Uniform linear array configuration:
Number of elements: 64
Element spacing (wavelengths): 0.5
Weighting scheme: exponential
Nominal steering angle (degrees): -30
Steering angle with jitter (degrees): -29.129
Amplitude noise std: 0.05
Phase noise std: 0.05

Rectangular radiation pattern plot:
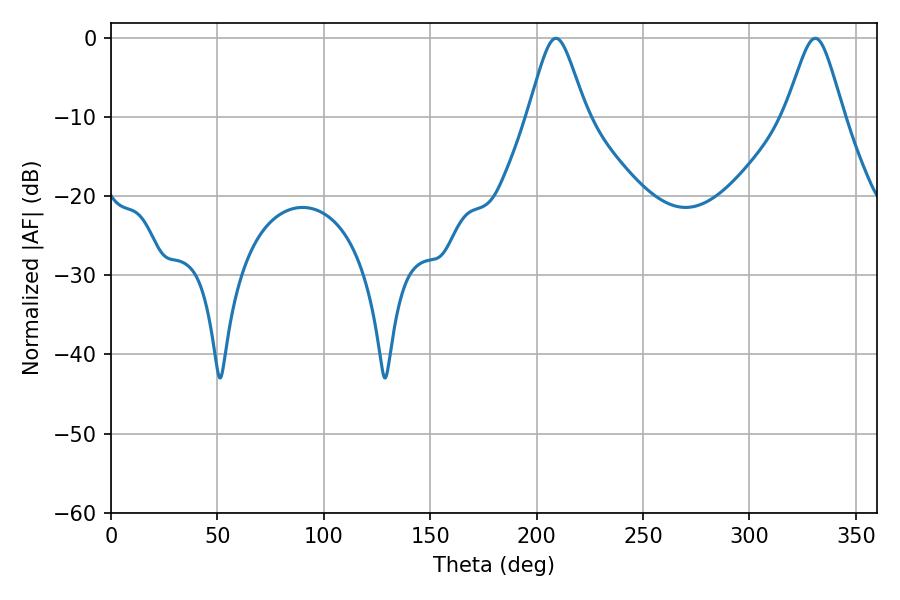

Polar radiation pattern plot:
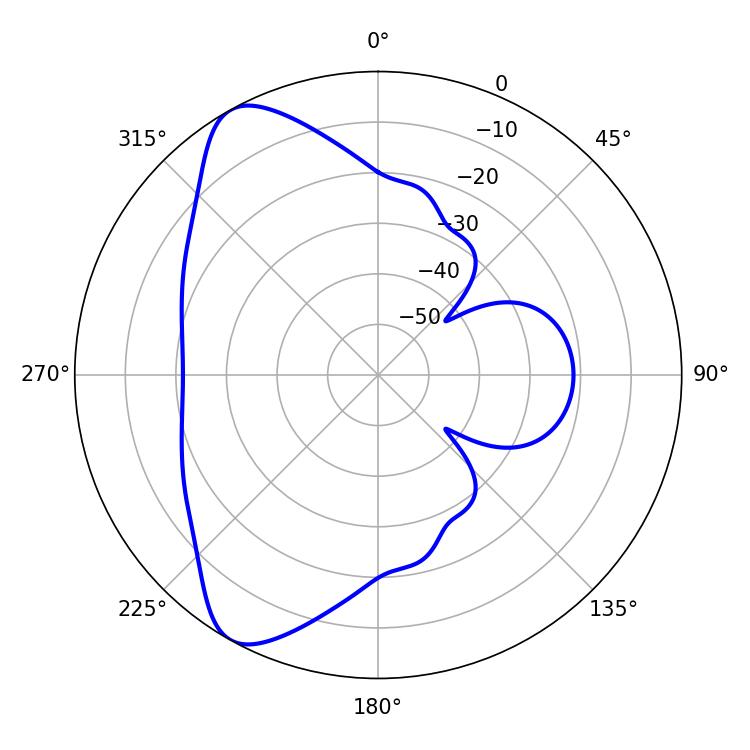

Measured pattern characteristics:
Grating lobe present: FALSE
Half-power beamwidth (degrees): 13.14
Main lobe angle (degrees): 208.98